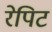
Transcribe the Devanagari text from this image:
रेपिट